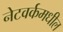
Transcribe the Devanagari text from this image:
नेटवर्कमधील